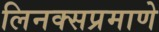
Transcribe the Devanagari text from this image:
लिनक्सप्रमाणे